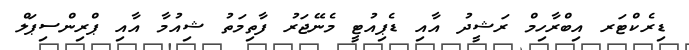
ޑިރެކްޓަރ އިބްރާހިމް ރަޝީދު އާއި ޑެޕިއުޓީ މެނޭޖަރު ފާތިމަތު ޝިއުމާ އާއި ޕްރިންސިޕަލް